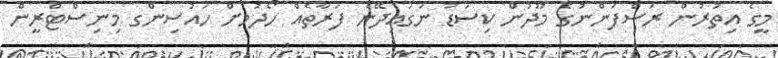
މީގެ އިތުރުން ރަސްފަންނުގެ މޫދުން ކިސަޑު ނަގައިދޭނެ ފަރާތެއް ހޯދުމަށް ހައުސިންގ މިނިސްޓްރީން